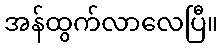
အန်ထွက်လာလေပြီ။